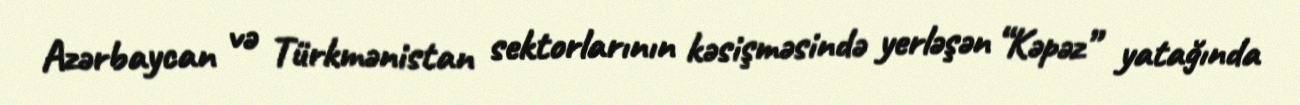
Azərbaycan və Türkmənistan sektorlarının kəsişməsində yerləşən “Kəpəz” yatağında